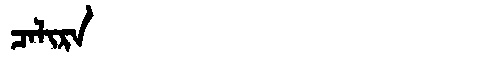
Manchu: ᠴᠠᠯᡳᡵᠠ
Romanization: CALIRA